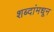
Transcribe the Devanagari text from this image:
शब्दांमधून